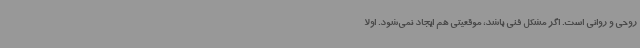
روحی و روانی است. اگر مشکل فنی باشد، موقعیتی هم ایجاد نمی‌شود. اولا